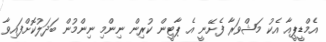
އެމްޑީޕީއާ އެކު މަޝްވަރާ ފެށޭނީ އެ ޕާޓީން ކުރިން ނިންމި ނިންމުން ބަދަލުކޮށްފައިވާ